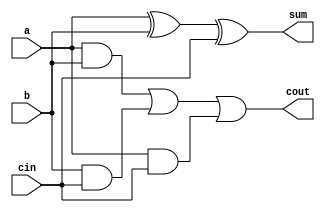
module full_adder(
    input a,
    input b,
    input cin,
    output reg sum,
    output reg cout
);

assign sum = a ^ b ^ cin;
assign cout = (a & b) | (b & cin) | (a & cin);

endmodule